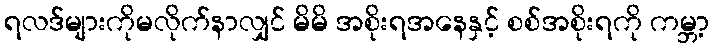
ရလဒ်များကိုမလိုက်နာလျှင် မိမိ အစိုးရအနေနှင့် စစ်အစိုးရကို ကမ္ဘာ့